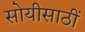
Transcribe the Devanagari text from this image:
सोयीसाठीं